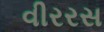
વીરરસ